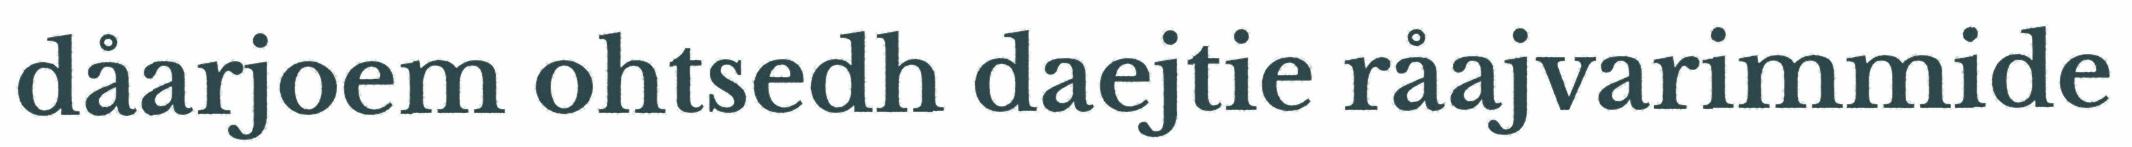
dåarjoem ohtsedh daejtie råajvarimmide